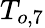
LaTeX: T_{o,7}